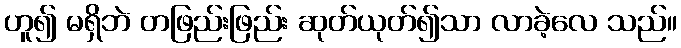
ဟူ၍ မရှိဘဲ တဖြည်းဖြည်း ဆုတ်ယုတ်၍သာ လာခဲ့လေ သည်။